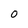
Character: 0